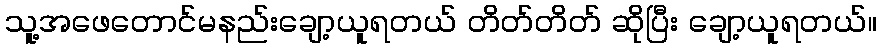
သူ့အဖေတောင်မနည်းချော့ယူရတယ် တိတ်တိတ် ဆိုပြီး ချော့ယူရတယ်။